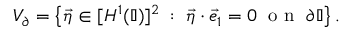
V _ { \partial } = \left\{ \vec { \eta } \in [ H ^ { 1 } ( \mathbb { I } ) ] ^ { 2 } \; : \; \vec { \eta } \cdot \vec { e } _ { 1 } = 0 \; \mathrm { ~ o ~ n ~ } \; \partial \mathbb { I } \right\} .